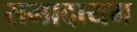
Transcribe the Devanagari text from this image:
सम्प्रदायम